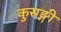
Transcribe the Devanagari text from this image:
कुसङ्गी